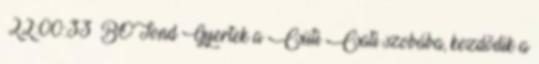
22:00:33 BOTond Gyertek a Csüti Csati szobába, kezdõdik a